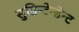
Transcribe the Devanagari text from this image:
सुप्रिन्टेन्डेन्ट